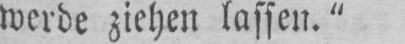
werde ziehen lassen.”